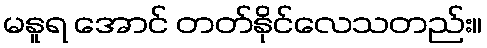
မနူရ အောင် တတ်နိုင်လေသတည်း။